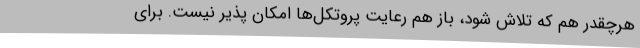
هرچقدر هم که تلاش شود، باز هم رعایت پروتکل‌ها امکان پذیر نیست. برای